Annual administration report of the Civil Veterinary Department of India - 1900-1901
Year: 1900
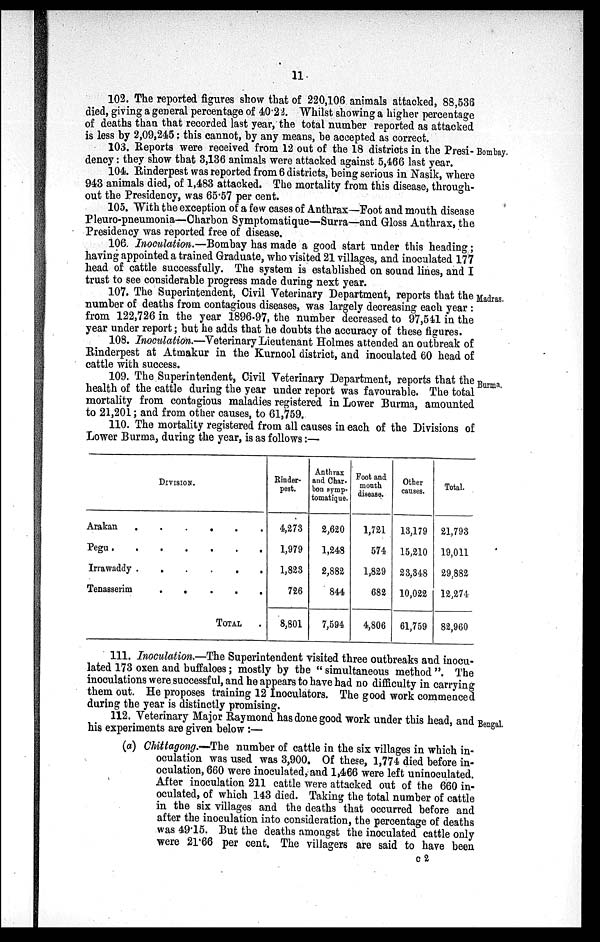
11
102. The reported figures show that of 220,106 animals attacked, 88,536
died, giving a general percentage of 40.22. Whilst showing a higher percentage
of deaths than that recorded last year, the total number reported as attacked
is less by 2,09,245: this cannot, by any means, be accepted as correct.
Bombay.
103. Reports were received from 12 out of the 18 districts in the Presi-
dency: they show that 3,136 animals were attacked against 5,466 last year.
104. Rinderpest was reported from 6 districts, being serious in Nasik, where
943 animals died, of 1,483 attacked. The mortality from this disease, through-
out the Presidency, was 65.57 per cent.
105. With the exception of a few cases of Anthrax—Foot and mouth disease
Pleuro-pneumonia—Charbon Symptomatique—Surra—and Gloss Anthrax, the
Presidency was reported free of disease.
106. Inoculation.—Bombay has made a good start under this heading;
having appointed a trained Graduate, who visited 21 villages, and inoculated 177
head of cattle successfully. The system is established on sound lines, and I
trust to see considerable progress made during next year.
Madras.
107. The Superintendent, Civil Veterinary Department, reports that the
number of deaths from contagious diseases, was largely decreasing each year:
from 122,726 in the year 1896-97, the number decreased to 97,541 in the
year under report; but he adds that he doubts the accuracy of these figures.
108. Inoculation.—Veterinary Lieutenant Holmes attended an outbreak of
Rinderpest at Atmakur in the Kurnool district, and inoculated 60 head of
cattle with success.
Burma.
109. The Superintendent, Civil Veterinary Department, reports that the
health of the cattle during the year under report was favourable. The total
mortality from contagious maladies registered in Lower Burma, amounted
to 21,201; and from other causes, to 61,759.
110. The mortality registered from all causes in each of the Divisions of
Lower Burma, during the year, is as follows:—
DIVISION.
Arakan
.
.
.
.
.
.
Pegu .
.
.
.
.
.
.
Irrawaddy .
.
.
.
.
.
Tenasserim
.
.
.
.
.
TOTAL .
Rinder-
pest.
4,273
1,979
1,823
726
8,801
Anthrax
and Char-
bon symp-
tomatique.
2,620
1,248
2,882
844
7,594
Foot and
month
disease.
1,721
574
1,829
682
4,806
Other
causes.
13,179
15,210
23,348
10,022
61,759
Total.
21,793
19,011
29,882
12,274
82,960
111. Inoculation.—The Superintendent visited three outbreaks and inocu-
lated 173 oxen and buffaloes; mostly by the "simultaneous method". The
inoculations were successful, and he appears to have had no difficulty in carrying
them out. He proposes training 12 Inoculators. The good work commenced
during the year is distinctly promising.
Bengal.
112. Veterinary Major Raymond has done good work under this head, and
his experiments are given below:—
(a) Chittagong.—The number of cattle in the six villages in which in-
oculation was used was 3,900. Of these, 1,774 died before in-
oculation, 660 were inoculated, and 1,466 were left uninoculated.
After inoculation 211 cattle were attacked out of the 660 in-
oculated, of which 143 died. Taking the total number of cattle
in the six villages and the deaths that occurred before and
after the inoculation into consideration, the percentage of deaths
was 49.15. But the deaths amongst the inoculated cattle only
were 21.66 per cent. The villagers are said to have been
c 2